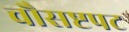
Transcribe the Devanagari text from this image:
चौसष्टपट